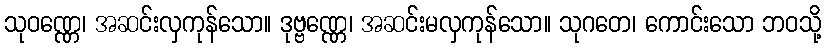
သုဝဏ္ဏေ၊ အဆင်းလှကုန်သော။ ဒုဗ္ဗဏ္ဏေ၊ အဆင်းမလှကုန်သော။ သုဂတေ၊ ကောင်းသော ဘဝသို့